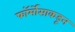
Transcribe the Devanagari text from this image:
फॉर्मोसाकडून